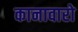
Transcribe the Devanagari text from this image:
कानावारो